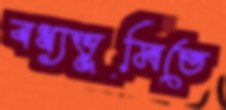
বধ্যভূমিতে